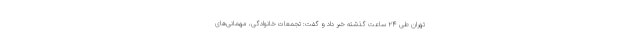
تهران طی ۲۴ ساعت گذشته خبر داد و گفت: تجمعات خانوادگی، مهمانی‌های